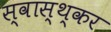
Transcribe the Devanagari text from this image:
स्वास्थ्कर